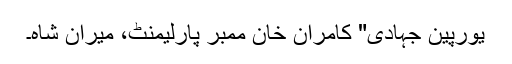
یورپین جہادی" کامران خان ممبر پارلیمنٹ، میران شاہ۔